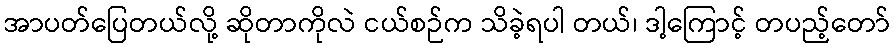
အာပတ်ပြေတယ်လို့ ဆိုတာကိုလဲ ငယ်စဉ်က သိခဲ့ရပါ တယ်၊ ဒါ့ကြောင့် တပည့်တော်